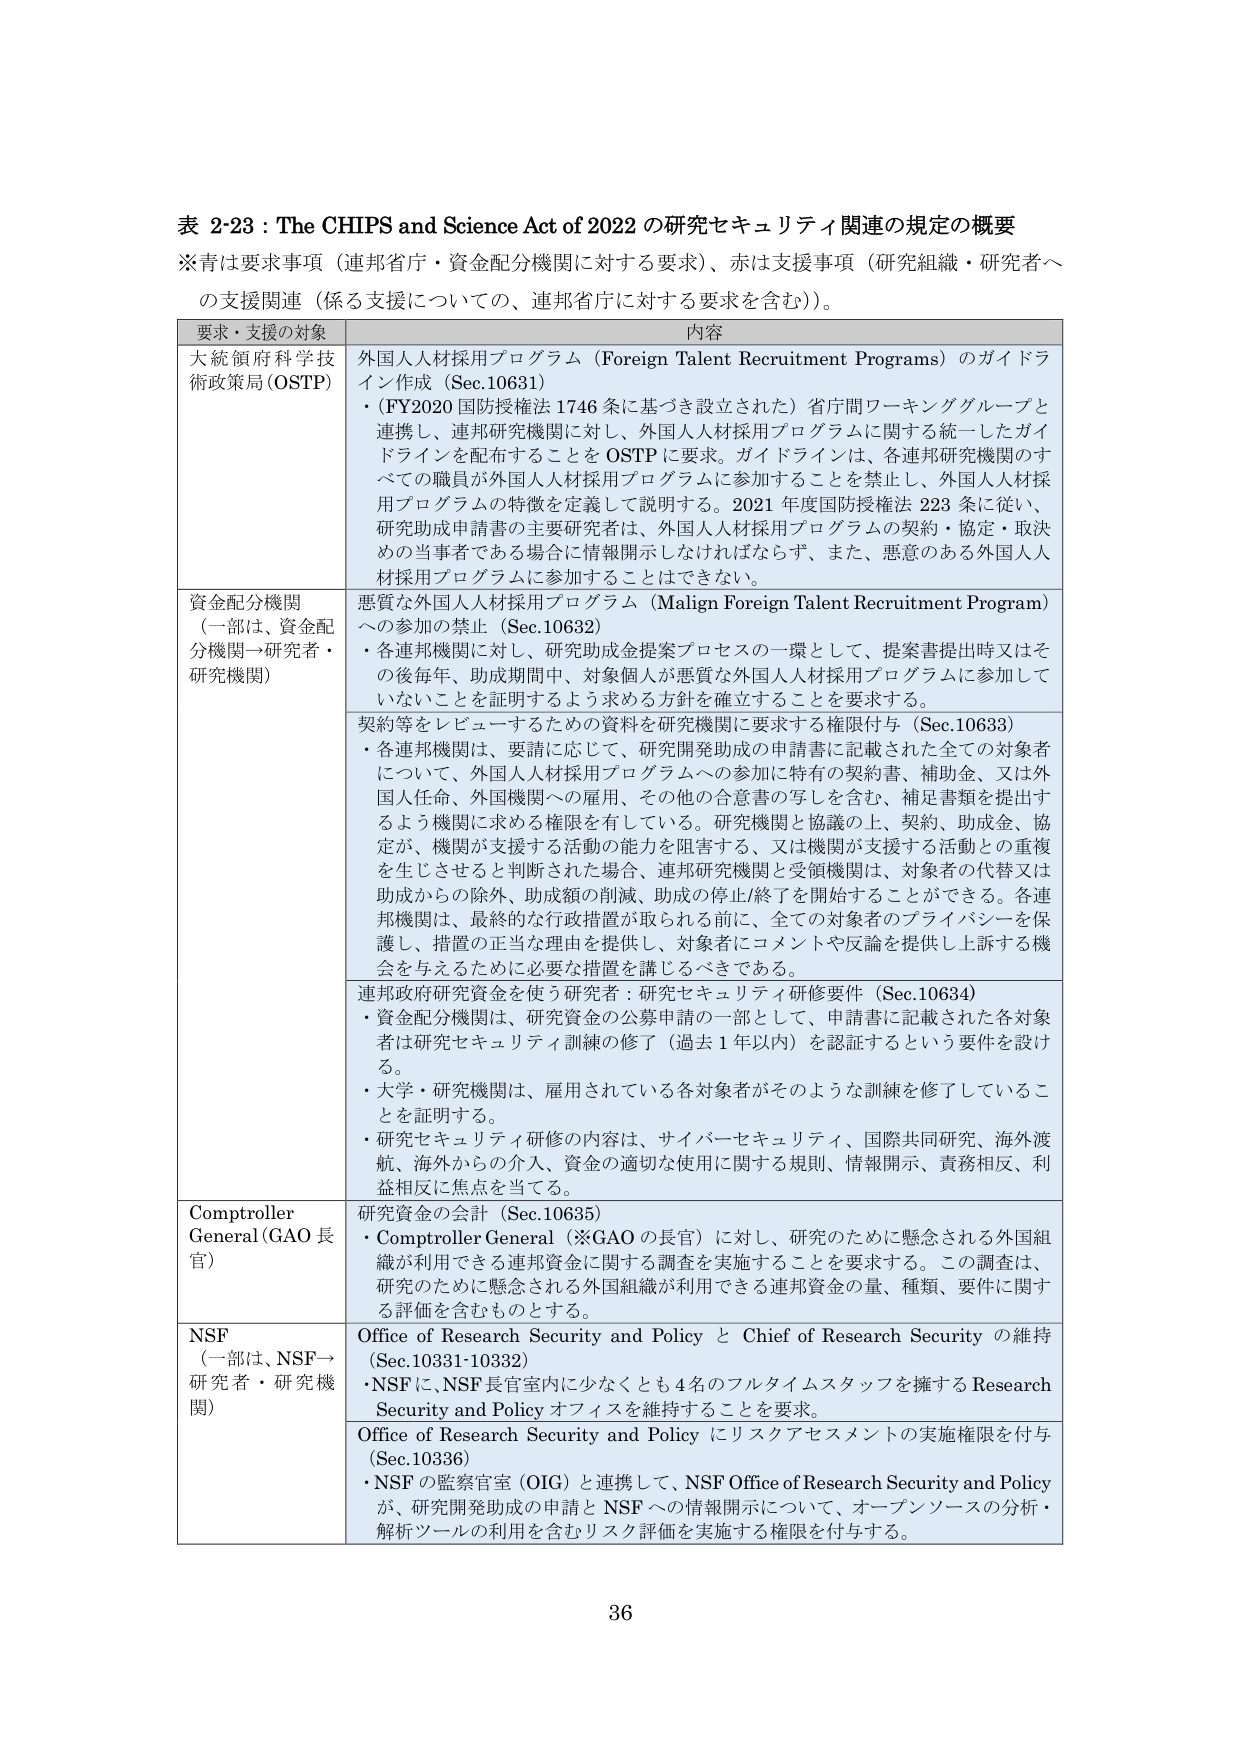
表 2-23：The CHIPS and Science Act of 2022 の研究セキュリティ関連の規定の概要
※青は要求事項（連邦省庁・資金配分機関に対する要求）、赤は支援事項（研究組織・研究者への支援関連（係る支援についての、連邦省庁に対する要求を含む））。

要求・支援の対象　　内容

大統領府科学技術政策局 (OSTP)
外国人人材採用プログラム（Foreign Talent Recruitment Programs）のガイドライン作成（Sec.10631）
・（FY2020 国防授権法 1746 条に基づき設立された）省庁間ワーキンググループと連携し、連邦研究機関に対し、外国人人材採用プログラムに関する統一したガイドラインを配布することを OSTP に要求。ガイドラインは、各連邦研究機関のすべての職員が外国人人材採用プログラムに参加することを禁止し、外国人人材採用プログラムの特徴を定義して説明する。2021 年度国防授権法 223 条に従い、研究助成申請書の主要研究者は、外国人人材採用プログラムの契約・協定・取決めの当事者である場合に情報開示しなければならず、また、悪意のある外国人人材採用プログラムに参加することはできない。

資金配分機関
（一部は、資金配分機関→研究者・研究機関）
悪質な外国人人材採用プログラム（Malign Foreign Talent Recruitment Program）への参加の禁止（Sec.10632）
・各連邦機関に対し、研究助成金提案プロセスの一環として、提案書提出時又はその後毎年、助成期間中、対象個人が悪質な外国人人材採用プログラムに参加していないことを証明するよう求める方針を確立することを要求する。

契約等をレビューするための資料を研究機関に要求する権限付与（Sec.10633）
・各連邦機関は、要請に応じて、研究開発助成の申請書に記載された全ての対象者について、外国人人材採用プログラムへの参加に特有の契約書、補助金、又は外国人任命、外国機関への雇用、その他の合意書の写しを含む、補足書類を提出するよう機関に求める権限を有している。研究機関と協議の上、契約、助成金、協定が、機関が支援する活動の能力を阻害する、又は機関が支援する活動との重複を生じさせると判断された場合、連邦研究機関と受領機関は、対象者の代替又は助成からの除外、助成額の削減、助成の停止/終了を開始することができる。各連邦機関は、最終的な行政措置が取られる前に、全ての対象者のプライバシーを保護し、措置の正当な理由を提供し、対象者にコメントや反論を提供し上訴する機会を与えるために必要な措置を講じるべきである。

連邦政府研究資金を使う研究者：研究セキュリティ研修要件（Sec.10634）
・資金配分機関は、研究資金の公募申請の一部として、申請書に記載された各対象者は研究セキュリティ訓練の修了（過去 1 年以内）を認証するという要件を設ける。
・大学・研究機関は、雇用されている各対象者がそのような訓練を修了していることを証明する。
・研究セキュリティ研修の内容は、サイバーセキュリティ、国際共同研究、海外渡航、海外からの介入、資金の適切な使用に関する規則、情報開示、責務相反、利益相反に焦点を当てる。

Comptroller General (GAO 長官)
研究資金の会計（Sec.10635）
・Comptroller General（※GAO の長官）に対し、研究のために懸念される外国組織が利用できる連邦資金に関する調査を実施することを要求する。この調査は、研究のために懸念される外国組織が利用できる連邦資金の量、種類、要件に関する評価を含むものとする。

NSF
（一部は、NSF→研究者・研究機関）
Office of Research Security and Policy と Chief of Research Security の維持（Sec.10331-10332）
・NSF に、NSF 長官室内に少なくとも 4 名のフルタイムスタッフを擁する Research Security and Policy オフィスを維持することを要求。

Office of Research Security and Policy にリスクアセスメントの実施権限を付与（Sec.10336）
・NSF の監察官室（OIG）と連携して、NSF Office of Research Security and Policy が、研究開発助成の申請と NSF への情報開示について、オープンソースの分析・解析ツールの利用を含むリスク評価を実施する権限を付与する。

36